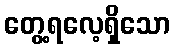
တွေ့ရလေ့ရှိသော